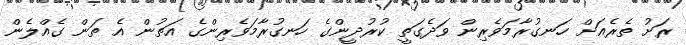
ރަށު ތެރެއަށް ހަނގުރާމަވެރިން ވަދެގަތީ ކުރުދީންގެ ހަނގުރާމަވެރިންގެ އަތުން އެ ތަން ގެއްލެން